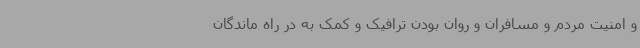
و امنیت مردم و مسافران و روان بودن ترافیک و کمک به در راه ماندگان